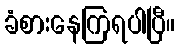
ခံစားနေကြရပါပြီ။